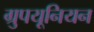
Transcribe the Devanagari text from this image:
ग्रुपयूनियन